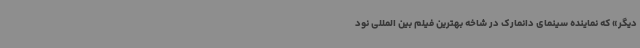
دیگر» که نماینده سینمای دانمارک در شاخه بهترین فیلم بین المللی نود